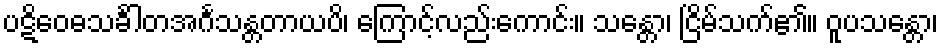
ပဋိဝေဓသင်္ခါတအင်္ဂသန္တတာယပိ၊ ကြောင့်လည်းကောင်း။ သန္တော၊ ငြိမ်သက်၏။ ဝူပသန္တော၊